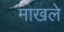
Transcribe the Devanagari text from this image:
माखले